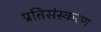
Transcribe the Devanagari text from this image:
प्रतिसंस्करण